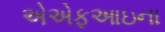
એએફઆઇના